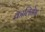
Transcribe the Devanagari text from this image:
कालिनेम